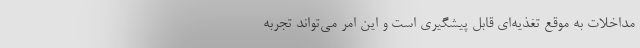
مداخلات به موقع تغذیه‌ای قابل پیشگیری است و این امر می‌تواند تجربه